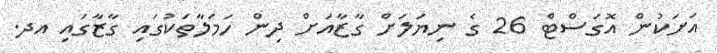
އަށަކުން އޮގަސްޓް 26 ގެ ނިޔަލަށް ގާޒާއަށް ދިން ހަމަލާތަކުގައި ގާޒާގައި އދ.